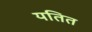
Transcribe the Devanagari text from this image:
यतित